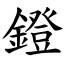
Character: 鐙